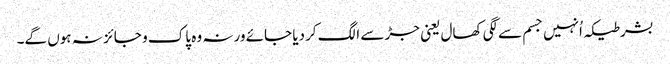
بشرطیکہ اُنہیں جسم سےلگی کھال یعنی جڑ سے الگ کردیا جائے ورنہ وہ پاک و جائز نہ ہوں گے۔